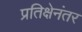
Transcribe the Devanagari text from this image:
प्रतिक्षेनंतर